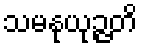
သမနုယုဉ္ဇတိ